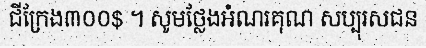
ជីក្រែង៣០០$ ។ សូមថ្លែងអំណរគុណ សប្បុរសជន